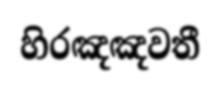
හිරඤඤවතී